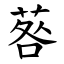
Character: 䓘